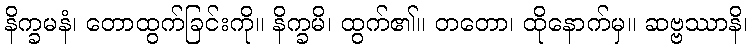
နိက္ခမနံ၊ တောထွက်ခြင်းကို။ နိက္ခမိ၊ ထွက်၏။ တတော၊ ထိုနောက်မှ။ ဆဗ္ဗဿာနိ၊